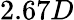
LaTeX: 2.67D